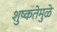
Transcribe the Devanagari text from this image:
शुष्कतेमुळे